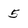
Character: 5